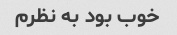
خوب بود به نظرم